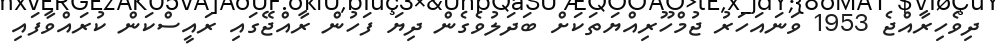
ދިވެހިރާއްޖެ 1953 ވަނައަހަރު ޖުމްހޫރިއްޔަތަކަށް ބަދަލުވެގެން ދިޔަ ފަހުން ރާއްޖޭގައި ރައީސްކަން ކުރައްވާފައި